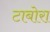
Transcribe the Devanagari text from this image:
टाबोरा